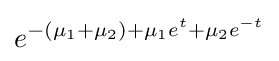
e^{-(\mu _{1}+\mu _{2})+\mu _{1}e^{t}+\mu _{2}e^{-t}}